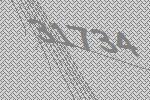
31734